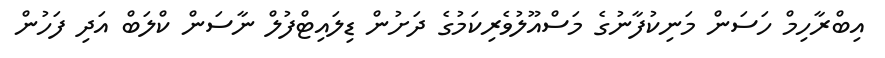
އިބްރާހިމް ހަސަން މަނިކުފާނުގެ މަސްއޫލުވެރިކަމުގެ ދަށުން ޑިލައިޓްފުލް ނާސަން ކްލަބް އަދި ފަހުން